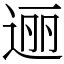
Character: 逦